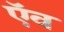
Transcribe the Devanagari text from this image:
ऍव